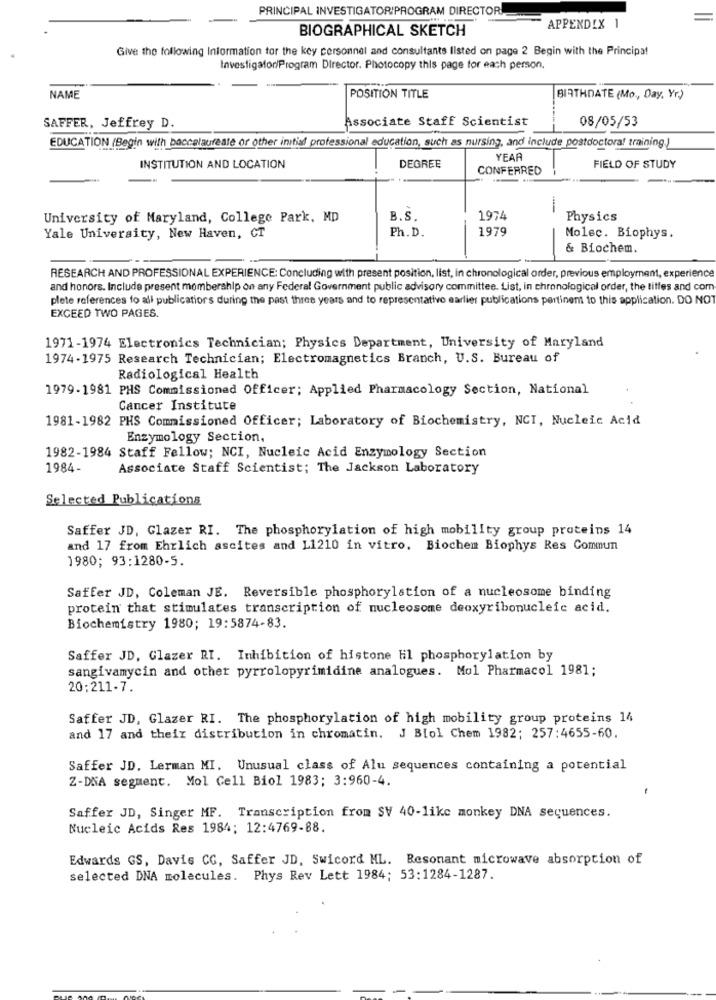
PRINCIPAL INVESTIGATORIPROGRAM DIRECTOR
APPENDIX 1
BIOGRAPHICAL SKETCH
Give the following Information for the key personnel and consultants listed on page 2 Begin with the Principal
Investigafor/Program Director. Photocopy this page for each person.
NAME
POSITION TITLE
BIRTHDATE (Mo ., Day, Yr)
Associate Staff Scientist
08/05/53
SAFFER, Jeffrey D.
EDUCATION (Begin with baccalaureate or other initial professional education, such as nursing, and include postdoctoral training.)
YEAR
INSTITUTION AND LOCATION
DEGREE
CONFERRED
--
FIELD OF STUDY
-
University of Maryland, College Park, MD
B.S.
1974
Physics
Ph. D.
1979
Yale University, New Haven, CT
Molec. Biophys.
& Biochem.
RESEARCH AND PROFESSIONAL EXPERIENCE: Concluding with present position, list, in chronological order, previous employment, experience
and honors. Include present membership on any Federal Government public advisory committee. List, in chronological order, the titles and com
plete references fo all publications during the past three years and to representative earlier publications pertinent to this application. DO NOT
EXCEED TWO PAGES.
1971-1974 Electronics Technician; Physics Department, University of Maryland
1974-1975 Research Technician; Electromagnetics Branch, U.S. Bureau of
Radiological Health
1979-1981 PHS Commissioned Officer; Applied Pharmacology Section, National
Cancer Institute
1981-1982 PHS Commissioned Officer; Laboratory of Biochemistry, NCI, Nucleic Acid
Enzymology Section,
1982-1984 Staff Fellow; NCI, Nucleic Acid Enzymology Section
1984-
Associate Staff Scientist; The Jackson Laboratory
Selected Publications
Saffer JD, Glazer RI. The phosphorylation of high mobility group proteins 14
and 17 from Ehrlich ascites and L1210 in vitro. Biochem Biophys Res Commun
1980; 93:1280-5.
Saffer JD, Coleman JE. Reversible phosphorylation of a nucleosome binding
protein that stimulates transcription of nucleosome deoxyribonucleic acid.
Biochemistry 1980; 19:5874-83.
Saffer JD, Glazer RI. Inhibition of histone Hil phosphorylation by
sangivamycin and other pyrrolopyrimidine analogues. Mol Pharmacol 1981;
20:211-7.
Saffer JD, Glazer RI. The phosphorylation of high mobility group proteins 14
and 17 and their distribution in chromatin. J Biol Chem 1982; 257:4655-60.
Saffer JD. Lerman MI. Unusual class of Alu sequences containing a potential
Z-DNA segment. Mol Cell Biol 1983; 3:960-4.
-
Saffer JD, Singer MF. Transcription from SV 40-like monkey DNA sequences.
Nucleic Acids Res 1984; 12:4769-88.
Edwards GS, Davis CG, Saffer JD, Swicord ML. Resonant microwave absorption of
selected DNA molecules. Phys Rev Lett 1984; 53:1284-1287.